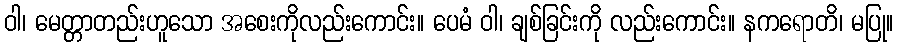
ဝါ၊ မေတ္တာတည်းဟူသော အစေးကိုလည်းကောင်း။ ပေမံ ဝါ၊ ချစ်ခြင်းကို လည်းကောင်း။ နကရောတိ၊ မပြု။